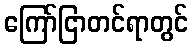
ကြော်ငြာတင်ရာတွင်